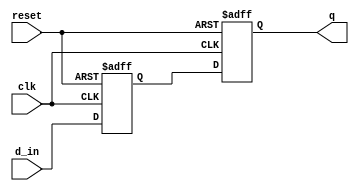
module d_flipflop_delay (
    input wire clk,      // Clock input
    input wire reset,    // Reset input
    input wire d_in,     // Data input
    output reg q         // Data output
);

reg d_delayed;          // Delayed input signal

always @ (posedge clk or posedge reset)
begin
    if (reset)
        d_delayed <= 1'b0;   // Initialize delayed input signal
    else
        d_delayed <= d_in;   // Delay input signal
end

always @ (posedge clk or posedge reset)
begin
    if (reset)
        q <= 1'b0;           // Initialize output to 0
    else
        q <= d_delayed;      // Output delayed input signal
end

endmodule